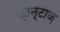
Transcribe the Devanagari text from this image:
क़ान्टाज़